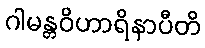
ဂါမန္တဝိဟာရိနာပီတိ